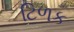
ટિળક